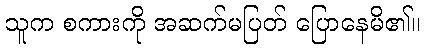
သူက စကားကို အဆက်မပြတ် ပြောနေမိ၏။